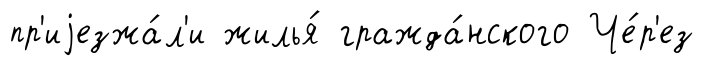
пр'иjезжа́л'и жилья́ гражда́нского Че́р'ез